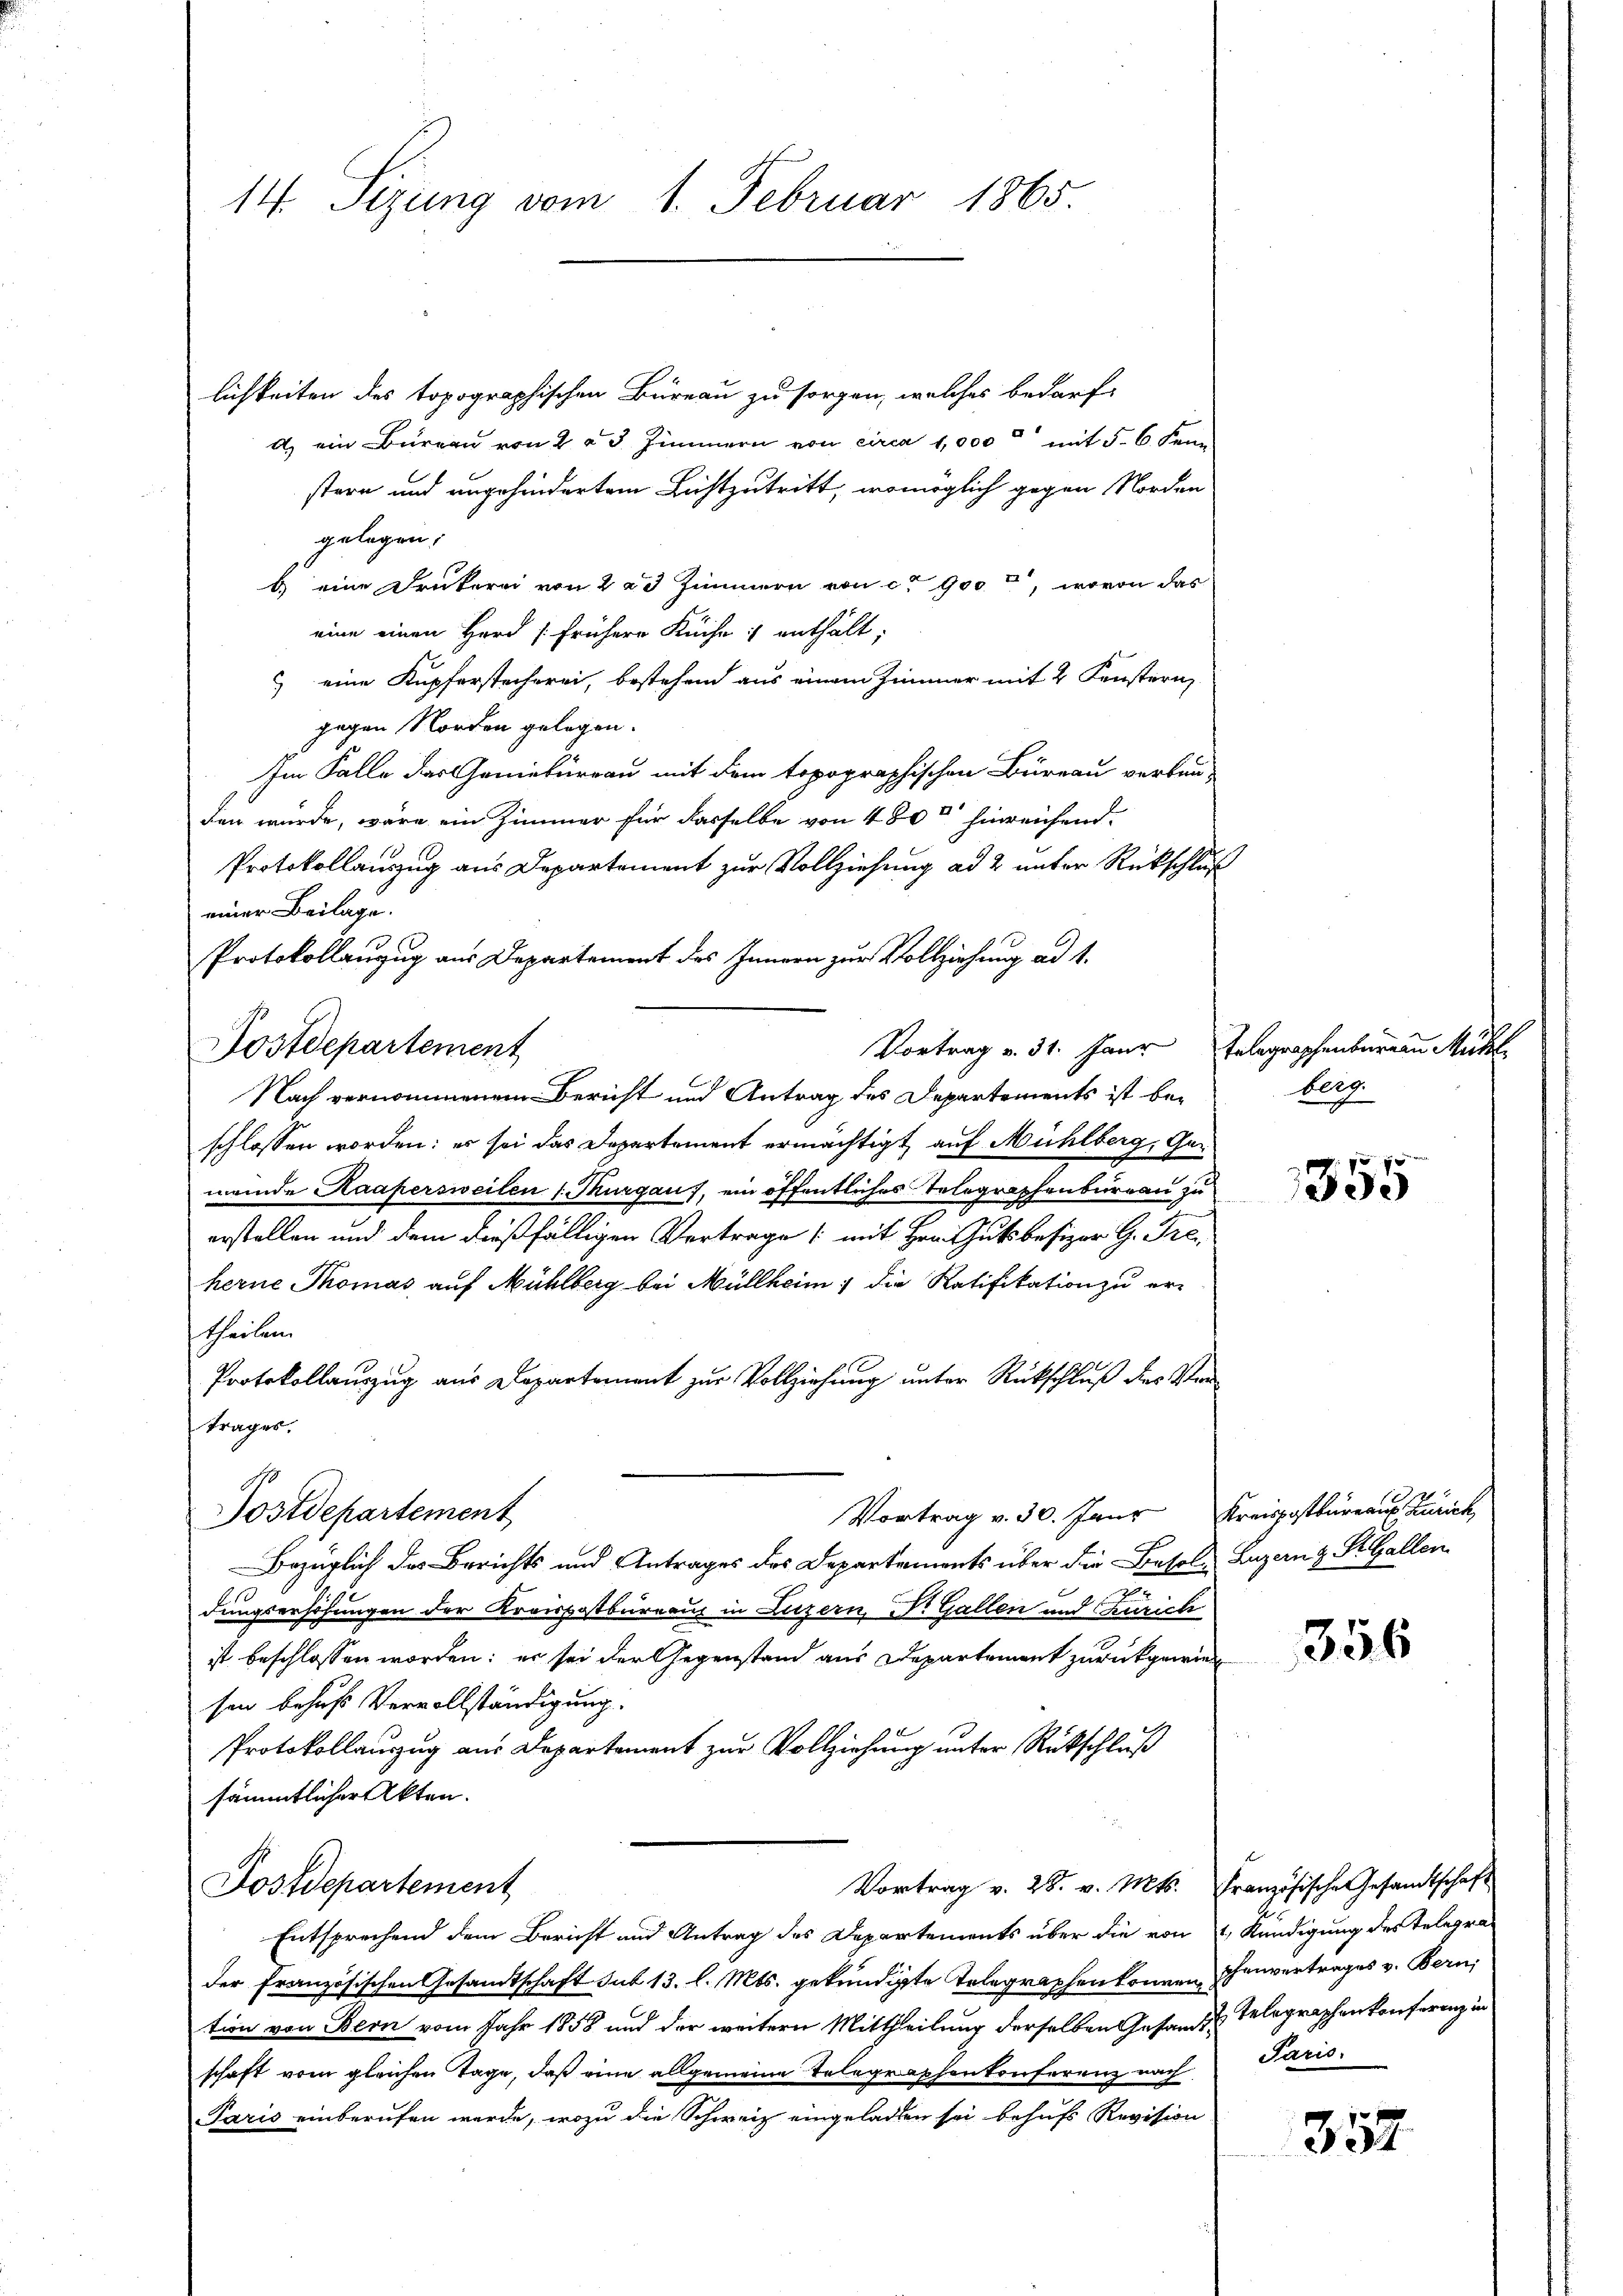
14. Sizung vom 1. Februar 1865.

Postdepartement

lichkeiten des topographischen Büreau zu sorgen, welches bedarf,
a) ein Bureau von 2 u 3 Zimmern von circa 1,000 mit 5. 6. Kenn
stern und angehindertem Lichtzutritt, womöglich gegen Norden
gelegen;
b.) eine Drukerei von 2 a 3 Zimmern von ca 900, wovon das
eine einen Herd [frühere Küche : enthält;
) eine Kupferstecherei, bestehend aus einem Zimmer mit 2 Fenstern
gegen Norden gelegen.
Im Falle das Geniebureau mit dem topographischen Büreau verbau-
den wurde, wäre ein Zimmer für dasselbe von 480 hinreichend.
Protokollauszug aus Departement zur Vollziehung ad 2 unter Rückschlaeiner Beilage.
Protokollanzug aus Departement des Innern zur Vollziehung ad 1.
Vortrag v. 31. Jaur
Nach vernommenem Bericht und Antrag des Departements ist beschlossen worden: es sei das Departement ermächtigt, auf Mühlberg, Gemeinde Kaapersweilen (Thurgau, ein öffentliches Telegraphenbureau zu
erstellen und dem dießfälligen Vertrage (mit Hrn. Gutsbesizer G. Fre
herne Thomas auf Mühlberg bei Müllheim, die Ratifikation zu ertheilen.
Protokollauszug aus Departement zur Vollziehung unter Rückschluß des Vertrages.
Postdepartement
Vortrag v. 30. Janr
Bezüglich des Berichts und Antrages des Departements über die Besol, Luzern & StGallen
dungserhöhungen der Kreispostbureaus in Luzern, Dr. Gallen und Zürich
ist beschlossen worden; er sei der Gegenstand aus Departement zurückgewiese
sen behufs Vervollständigung.
Protokollauszug aus Departement zur Vollziehung unter Rückschluß
sämmtlicher Akten.
Vortrag v. 28. v. Mts. Französische Gesandtschaft
Postdepartement
Entsprechend dem Bericht und Antrag des Departements über die von
der Französischen Gesamtschaft sub 13. l. Mts. gekündigte Telegraphen können Thenvertrages v. Bern
tion von Bern vom Jahr 1858 und der weitern Mittheilung derselben Gesandt Telegraphenkonferenz in
schaft vom gleichen Tage, daß eine allgemeine Telegraphenkonferenz nach Paris.
Paris einberufen werde, wozu die Schweiz eingeladen sei behufs Revision

Telegraphenbergen Mühl
bleg

1355

Kreispostkureaus Zürich,

356

357

1, Kündigung des Telegra¬